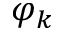
\varphi _ { k }